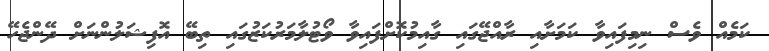
ކަމެއް ވެސް ނިމިފައިވާ ކަމަށާއި ރާއްޖޭގައި ގާއިމުކޮށްފައިވާ ވޯޓުލާމަރުކަޒުގައި ތިބޭ އޮފިޝަލުންނަށް ދޭންޖެހޭ